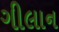
ગીલાન